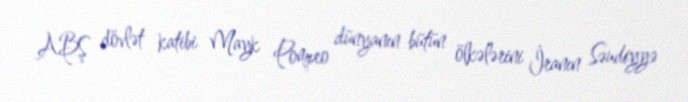
ABŞ dövlət katibi Mayk Pompeo dünyanın bütün ölkələrini İranın Səudiyyə